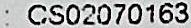
: CS02070163